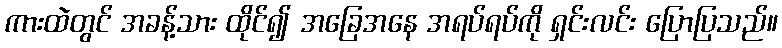
ကားထဲတွင် အခန့်သား ထိုင်၍ အခြေအနေ အရပ်ရပ်ကို ရှင်းလင်း ပြောပြသည်။